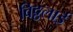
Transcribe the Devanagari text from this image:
विठ्ठलाई